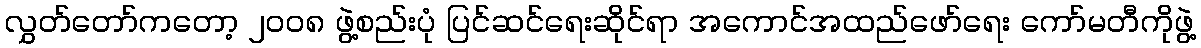
လွှတ်တော်ကတော့ ၂၀၀၈ ဖွဲ့စည်းပုံ ပြင်ဆင်ရေးဆိုင်ရာ အကောင်အထည်ဖော်ရေး ကော်မတီကိုဖွဲ့